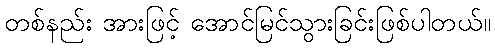
တစ်နည်း အားဖြင့် အောင်မြင်သွားခြင်းဖြစ်ပါတယ်။